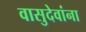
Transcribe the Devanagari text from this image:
वासुदेवांना